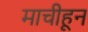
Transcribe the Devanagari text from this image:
माचीहून